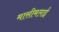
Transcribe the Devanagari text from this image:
मासीमलाई